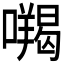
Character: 𭌅